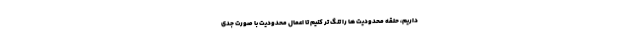
داریم، حلقه محدودیت ها را تنگ تر کنیم تا اعمال محدودیت با صورت جدی